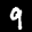
Label: 9